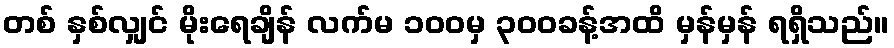
တစ် နှစ်လျှင် မိုးရေချိန် လက်မ ၁၀၀မှ ၃၀၀ခန့်အထိ မှန်မှန် ရရှိသည်။